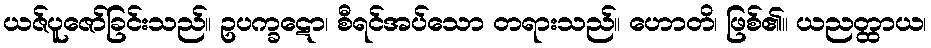
ယဇ်ပူဇော်ခြင်းသည်။ ဥပက္ခဋော၊ စီရင်အပ်သော တရားသည်။ ဟောတိ၊ ဖြစ်၏။ ယညတ္ထာယ၊